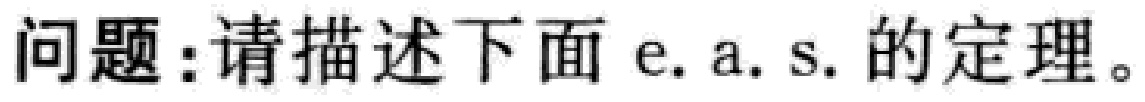
问题：请描述下面 e.a.s. 的定理。